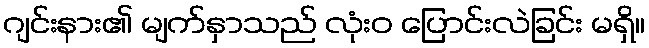
ဂျင်းနား၏ မျက်နှာသည် လုံးဝ ပြောင်းလဲခြင်း မရှိ။